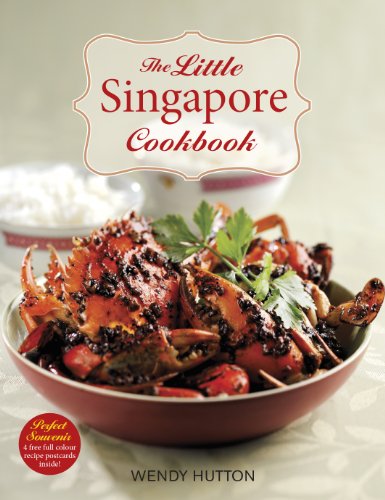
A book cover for The Little Singapore Cookbook: A Collection of Singapore's Best-Loved Dishes; Wendy Hutton; Cookbooks, Food & Wine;